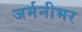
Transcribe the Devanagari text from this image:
जर्मनीभर